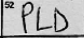
Transcription: PLD